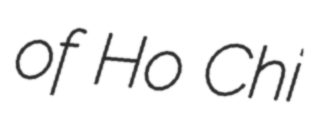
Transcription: of Ho Chi